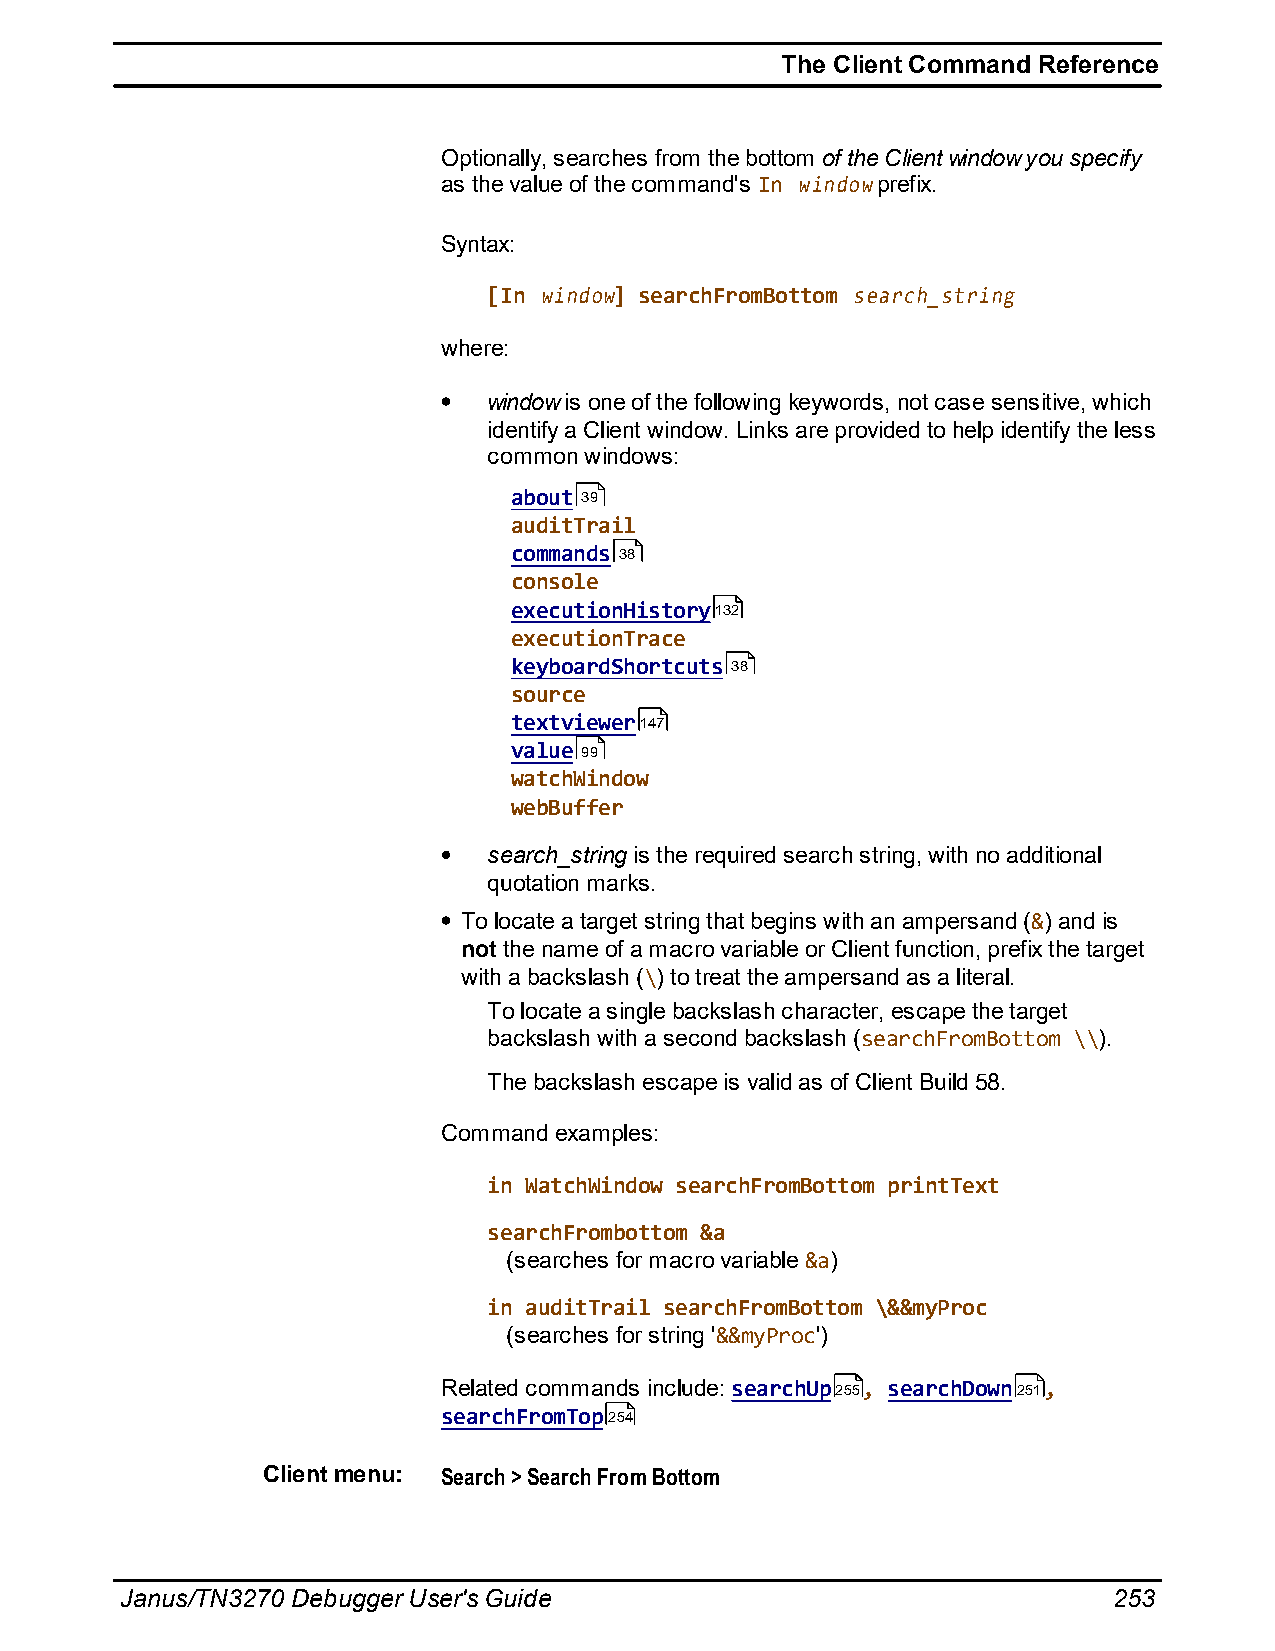
The Client Command Reference
 Optionally, searches from the bottom of the Client window you specify
 as the value of the command's In window prefix.
 Syntax:
 [In window] searchFromBottom search_string
 where:
 window is one of the following keywords, not case sensitive, which
 identify a Client window. Links are provided to help identify the less
 common windows:
 about 39
 auditTrail
 commands 38
 console
 executionHistory132
 executionTrace
 keyboardShortcuts 38
 source
 textviewer147
 value 99
 watchWindow
 webBuffer
 search_string is the required search string, with no additional
 quotation marks.
 To locate a target string that begins with an ampersand (&) and is
 not the name of a macro variable or Client function, prefix the target
 with a backslash (\) to treat the ampersand as a literal.
 To locate a single backslash character, escape the target
 backslash with a second backslash (searchFromBottom \\).
 The backslash escape is valid as of Client Build 58.
 Command examples:
 in WatchWindow searchFromBottom printText
 searchFrombottom &a
 (searches for macro variable &a)
 in auditTrail searchFromBottom \&&myProc
 (searches for string '&&myProc')
 Related commands include: searchUp255, searchDown251,
 searchFromTop254
 Client menu: Search > Search From Bottom
 Janus/TN3270 Debugger User's Guide                                253